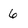
Character: 6